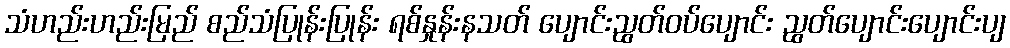
သံဟည်းဟည်းမြည် စည်သံပြုန်းပြုန်း ရစ်နှုန်းနသတ် ပျောင်းညွတ်ဝပ်ပျောင်း ညွတ်ပျောင်းပျောင်းပျ